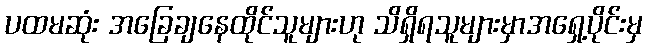
ပထမဆုံး အခြေချနေထိုင်သူများဟု သိရှိရသူများမှာအရှေ့ပိုင်းမှ